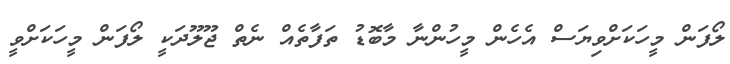
ލޯފަން މީހަކަށްވިޔަސް އެހެން މީހުންނާ މާބޮޑު ތަފާތެއް ނެތް ޖޫލޫދަކީ ލޯފަން މީހަކަށްވީ